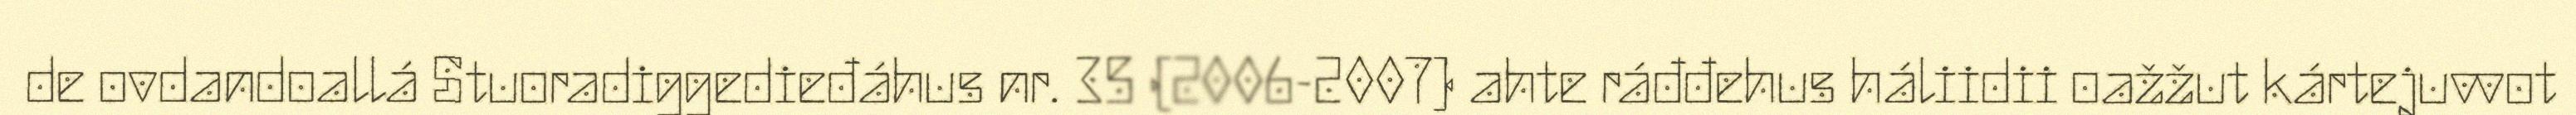
de ovdandoallá Stuoradiggedieđáhus nr. 35 (2006-2007) ahte ráđđehus háliidii oažžut kártejuvvot